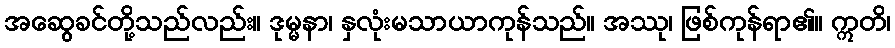
အဆွေခင်တို့သည်လည်း။ ဒုမ္မနာ၊ နှလုံးမသာယာကုန်သည်။ အဿု၊ ဖြစ်ကုန်ရာ၏။ ဣတိ၊